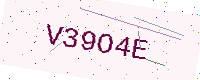
Text: V39O4E